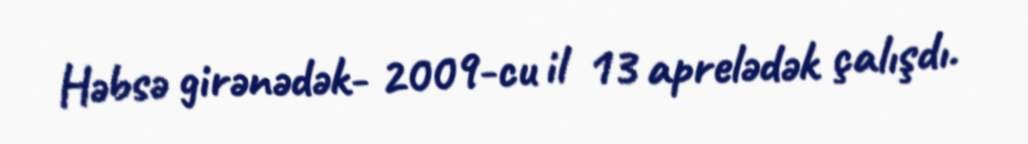
Həbsə girənədək- 2009-cu il 13 aprelədək çalışdı.